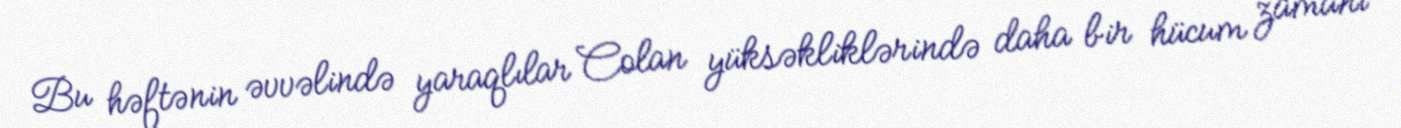
Bu həftənin əvvəlində yaraqlılar Colan yüksəkliklərində daha bir hücum zamanı